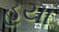
હયા